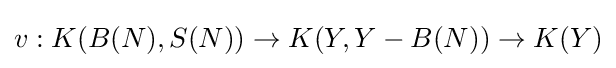
v:K(B(N),S(N))\to K(Y,Y-B(N))\to K(Y)